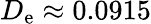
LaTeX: D_{\mathrm{e}}\approx 0.0915